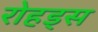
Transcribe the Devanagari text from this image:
रोहड्स